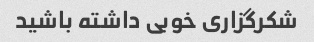
شکرگزاری خوبی داشته باشید